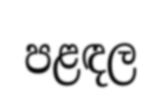
පළඳල